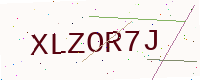
Text: XLZOR7J